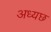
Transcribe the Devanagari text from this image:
अध्यछ